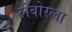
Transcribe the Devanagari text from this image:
लेबोरला